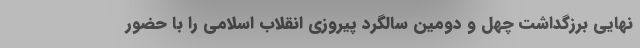
نهایی برزگداشت چهل و دومین سالگرد پیروزی انقلاب اسلامی را با حضور